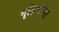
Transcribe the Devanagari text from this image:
गृहिणींना